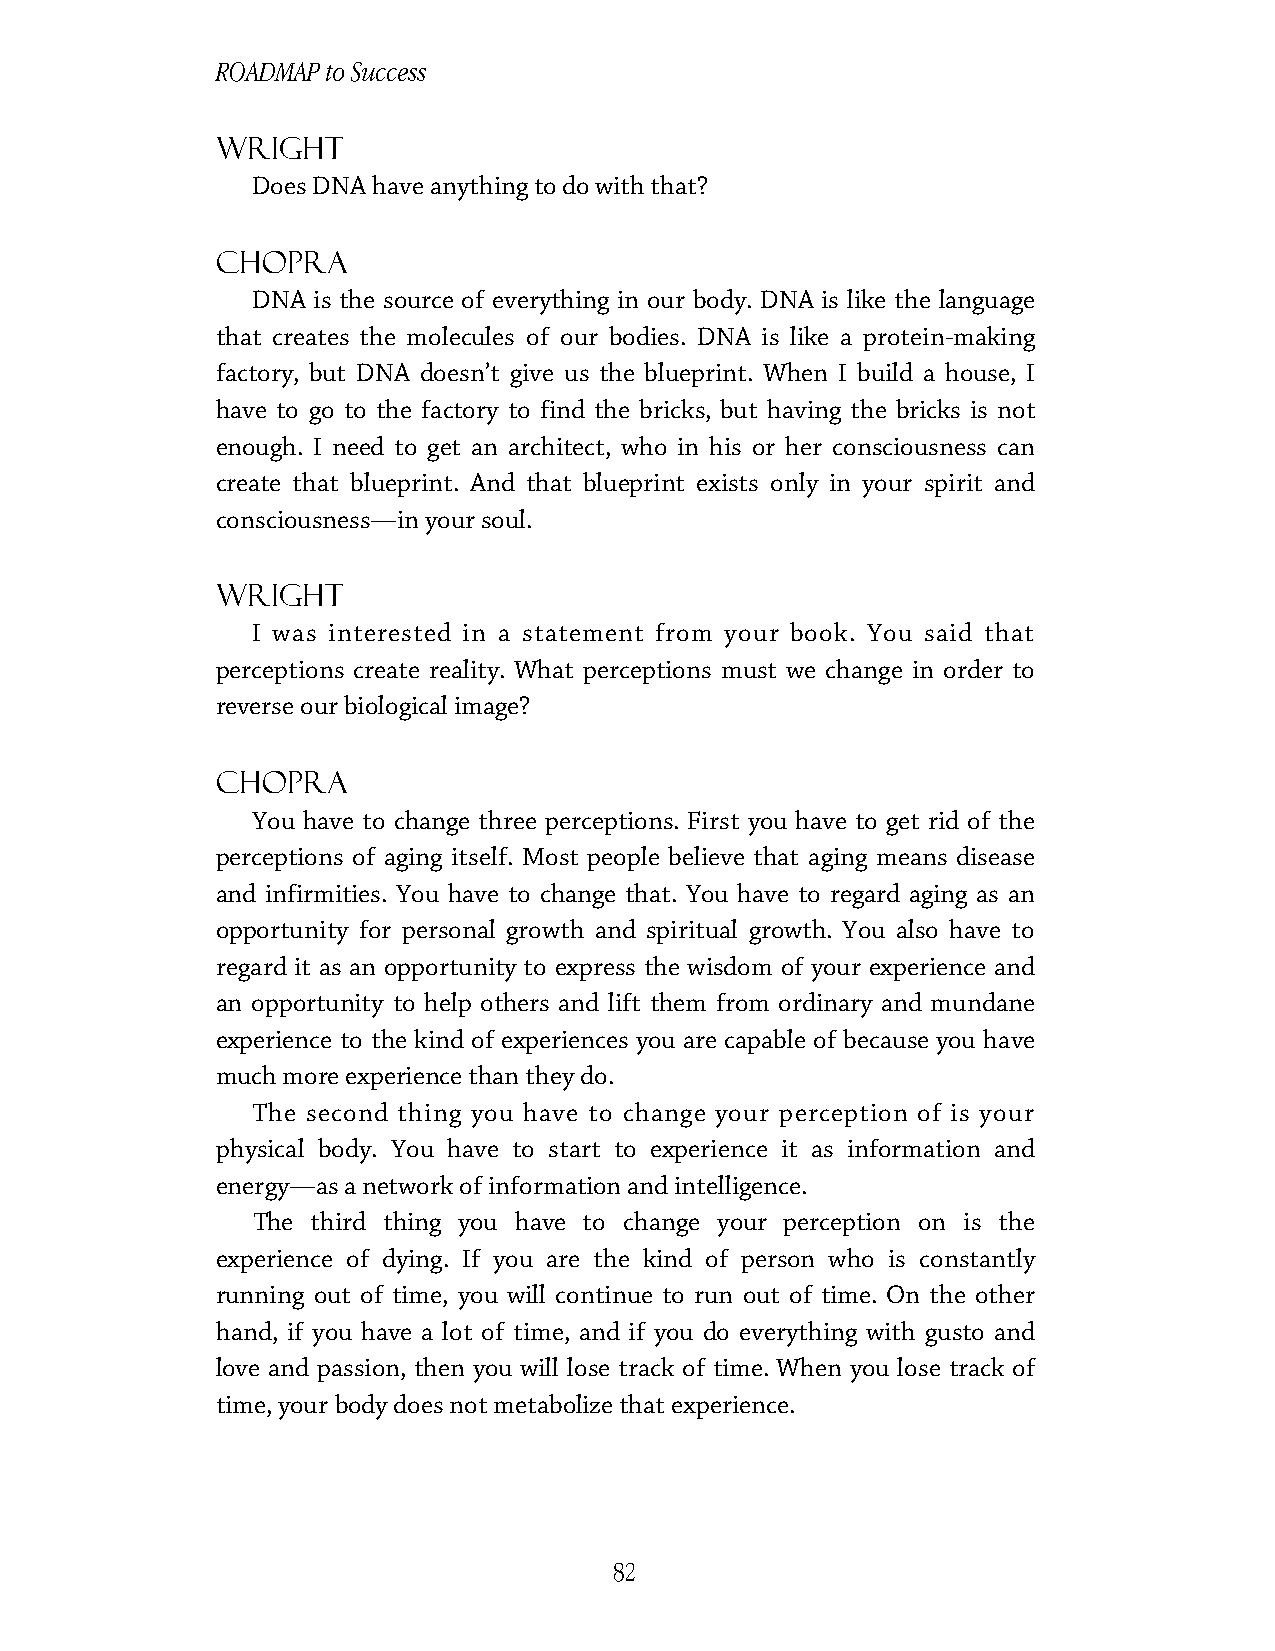
ROADMAP to Success
 Wright
 Does DNA have anything to do with that?
 Chopra
 DNA is the source of everything in our body. DNA is like the language
 that creates the molecules of our bodies. DNA is like a protein-making
 factory, but DNA doesn’t give us the blueprint. When I build a house, I
 have to go to the factory to find the bricks, but having the bricks is not
 enough. I need to get an architect, who in his or her consciousness can
 create that blueprint. And that blueprint exists only in your spirit and
 consciousness—in your soul.
 Wright
 I was interested in a statement from your book. You said that
 perceptions create reality. What perceptions must we change in order to
 reverse our biological image?
 Chopra
 You have to change three perceptions. First you have to get rid of the
 perceptions of aging itself. Most people believe that aging means disease
 and infirmities. You have to change that. You have to regard aging as an
 opportunity for personal growth and spiritual growth. You also have to
 regard it as an opportunity to express the wisdom of your experience and
 an opportunity to help others and lift them from ordinary and mundane
 experience to the kind of experiences you are capable of because you have
 much more experience than they do.
 The second thing you have to change your perception of is your
 physical body. You have to start to experience it as information and
 energy—as a network of information and intelligence.
 The third thing you have to change your perception on is the
 experience of dying. If you are the kind of person who is constantly
 running out of time, you will continue to run out of time. On the other
 hand, if you have a lot of time, and if you do everything with gusto and
 love and passion, then you will lose track of time. When you lose track of
 time, your body does not metabolize that experience.
 82